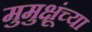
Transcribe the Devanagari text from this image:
मुमुक्षूंच्या